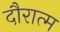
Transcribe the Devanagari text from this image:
दौरात्म